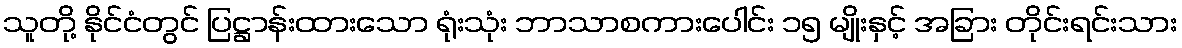
သူတို့ နိုင်ငံတွင် ပြဋ္ဌာန်းထားသော ရုံးသုံး ဘာသာစကားပေါင်း ၁၅ မျိုးနှင့် အခြား တိုင်းရင်းသား